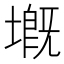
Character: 𡏲